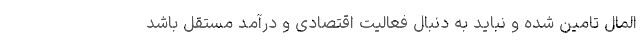
المال تامین شده و نباید به دنبال فعالیت اقتصادی و درآمد مستقل باشد